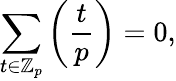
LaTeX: \sum_{t\in\mathbb{Z}_{p}}\left({\frac{t}{p}}\right)=0,